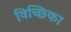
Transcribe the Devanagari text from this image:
विच्छिका